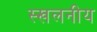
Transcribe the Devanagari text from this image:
स्खलनीय